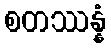
စတဿန္နံ